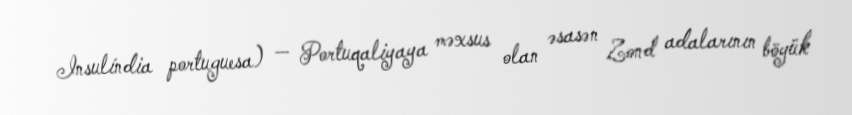
Insulíndia portuguesa) — Portuqaliyaya məxsus olan əsasən Zond adalarının böyük